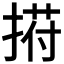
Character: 𢰆